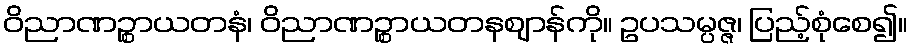
ဝိညာဏဉ္စာယတနံ၊ ဝိညာဏဉ္စာယတနဈာန်ကို။ ဥပသမ္ပဇ္ဇ၊ ပြည့်စုံစေ၍။